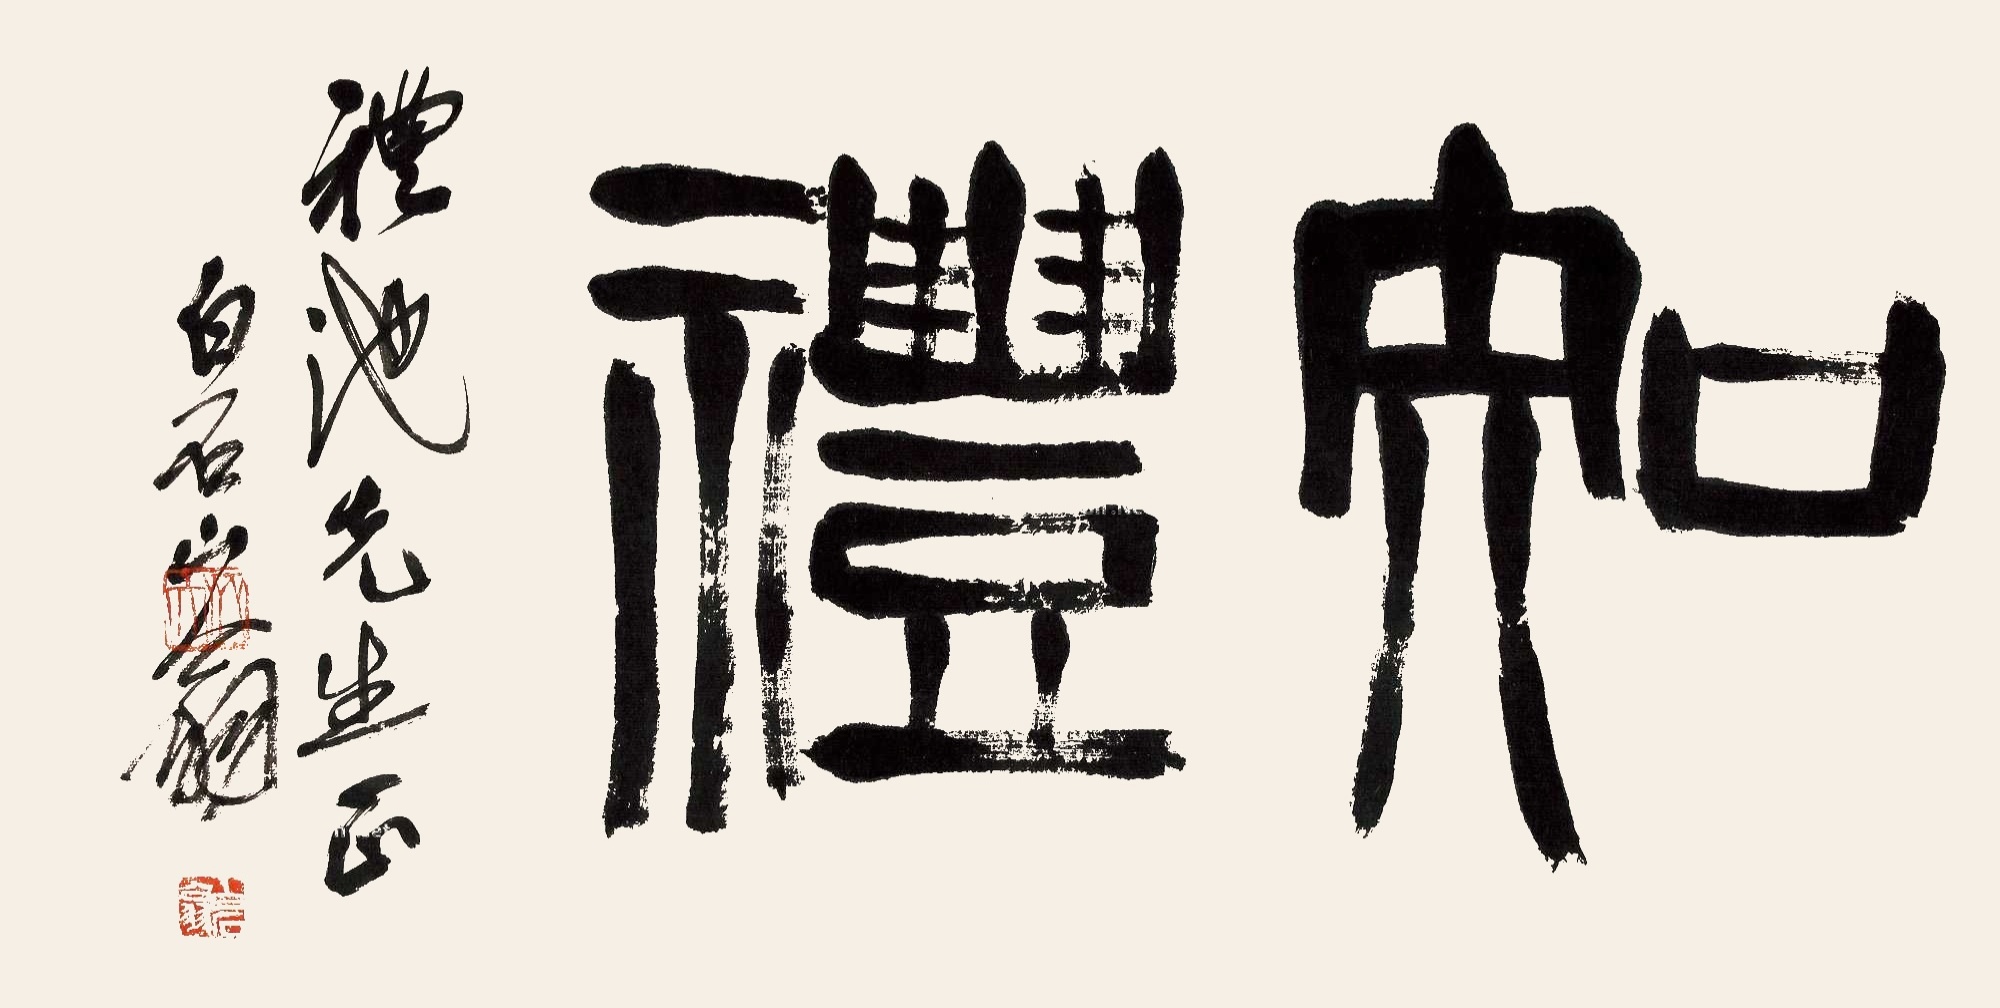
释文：知礼。礼池先生正，白石山翁。